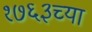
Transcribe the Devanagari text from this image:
१७६३च्या